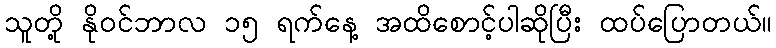
သူတို့ နိုဝင်ဘာလ ၁၅ ရက်နေ့ အထိစောင့်ပါဆိုပြီး ထပ်ပြောတယ်။